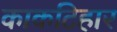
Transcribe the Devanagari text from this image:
काकटिहार